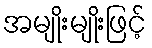
အမျိုးမျိုးဖြင့်